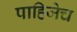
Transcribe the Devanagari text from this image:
पाहिजेच